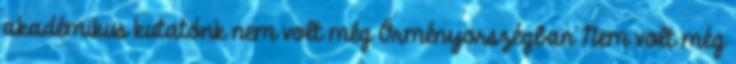
akadémikus kutatónk nem volt még Örményorszégban Nem volt még